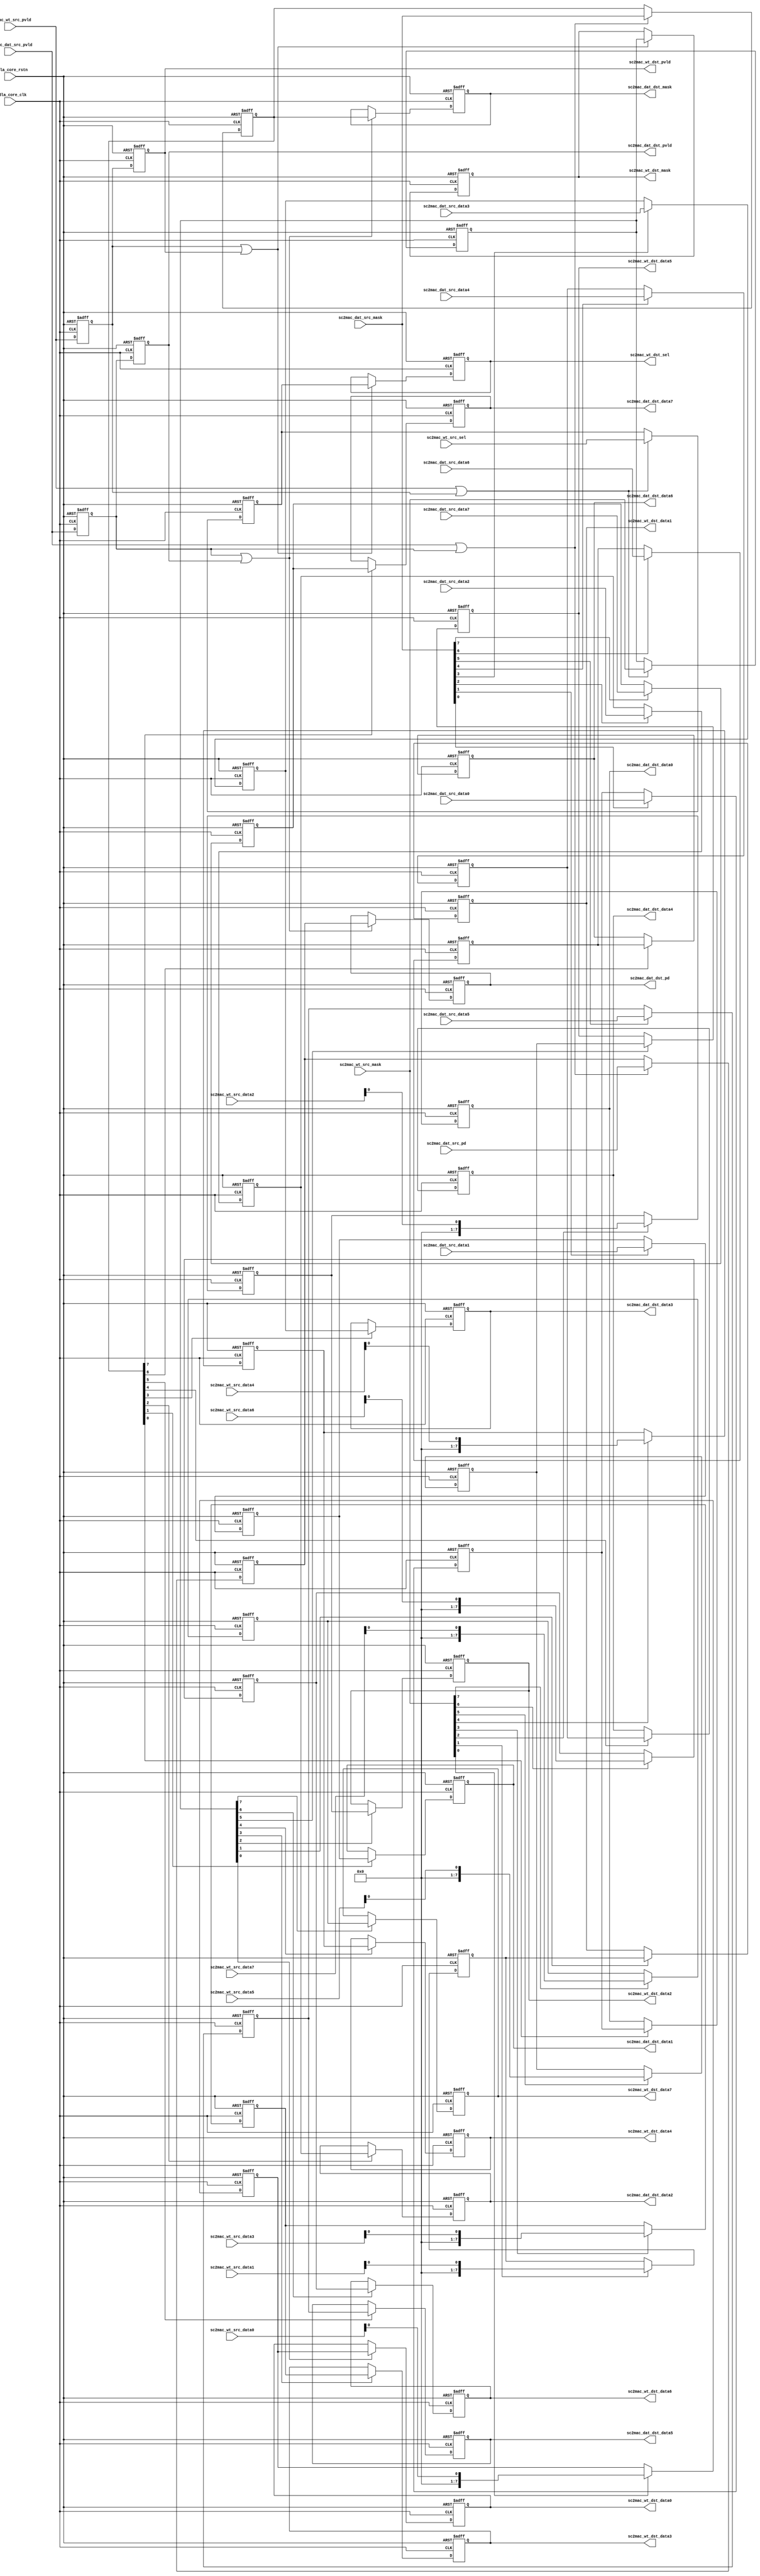
// ================================================================
// NVDLA Open Source Project
//
// Copyright(c) 2016 - 2017 NVIDIA Corporation. Licensed under the
// NVDLA Open Hardware License; Check "LICENSE" which comes with
// this distribution for more information.
// ================================================================
// ================================================================
// NVDLA Open Source Project
// 
// Copyright(c) 2016 - 2017 NVIDIA Corporation.  Licensed under the
// NVDLA Open Hardware License; Check "LICENSE" which comes with 
// this distribution for more information.
// ================================================================
    //entry bits
    //atomC
    //in bytes, entry/8
    //CSC_ENTRY_HEX/2
    //CSC_ENTRY_HEX/4
    //CSC_ENTRY_HEX-1
    //atomK
    //atomK
    //atomK*2
    //atomK*4
//notice, for image case, first atom OP within one strip OP must fetch from entry align place, in the middle of an entry is not supported.
//thus, when atomC/atomK=4, stripe=4*atomK, feature data still keeps atomK*2
    `define CC_ATOMC_DIV_ATOMK_EQUAL_1
//batch keep 1
module NV_NVDLA_RT_csc2cmac_a (
   nvdla_core_clk
  ,nvdla_core_rstn
  ,sc2mac_wt_src_pvld
  ,sc2mac_wt_src_mask
//: for(my $i=0; $i<8; $i++){
//: print ",sc2mac_wt_src_data${i} \n";
//: }
//| eperl: generated_beg (DO NOT EDIT BELOW)
,sc2mac_wt_src_data0 
,sc2mac_wt_src_data1 
,sc2mac_wt_src_data2 
,sc2mac_wt_src_data3 
,sc2mac_wt_src_data4 
,sc2mac_wt_src_data5 
,sc2mac_wt_src_data6 
,sc2mac_wt_src_data7 

//| eperl: generated_end (DO NOT EDIT ABOVE)
  ,sc2mac_wt_src_sel
  ,sc2mac_dat_src_pvld
  ,sc2mac_dat_src_mask
//: for(my $i=0; $i<8; $i++){
//: print ",sc2mac_dat_src_data${i} \n";
//: }
//| eperl: generated_beg (DO NOT EDIT BELOW)
,sc2mac_dat_src_data0 
,sc2mac_dat_src_data1 
,sc2mac_dat_src_data2 
,sc2mac_dat_src_data3 
,sc2mac_dat_src_data4 
,sc2mac_dat_src_data5 
,sc2mac_dat_src_data6 
,sc2mac_dat_src_data7 

//| eperl: generated_end (DO NOT EDIT ABOVE)
  ,sc2mac_dat_src_pd
  ,sc2mac_wt_dst_pvld
  ,sc2mac_wt_dst_mask
//: for(my $i=0; $i<8; $i++){
//: print ",sc2mac_wt_dst_data${i} \n";
//: }
//| eperl: generated_beg (DO NOT EDIT BELOW)
,sc2mac_wt_dst_data0 
,sc2mac_wt_dst_data1 
,sc2mac_wt_dst_data2 
,sc2mac_wt_dst_data3 
,sc2mac_wt_dst_data4 
,sc2mac_wt_dst_data5 
,sc2mac_wt_dst_data6 
,sc2mac_wt_dst_data7 

//| eperl: generated_end (DO NOT EDIT ABOVE)
  ,sc2mac_wt_dst_sel
  ,sc2mac_dat_dst_pvld
  ,sc2mac_dat_dst_mask
//: for(my $i=0; $i<8; $i++){
//: print ",sc2mac_dat_dst_data${i} \n";
//: }
//| eperl: generated_beg (DO NOT EDIT BELOW)
,sc2mac_dat_dst_data0 
,sc2mac_dat_dst_data1 
,sc2mac_dat_dst_data2 
,sc2mac_dat_dst_data3 
,sc2mac_dat_dst_data4 
,sc2mac_dat_dst_data5 
,sc2mac_dat_dst_data6 
,sc2mac_dat_dst_data7 

//| eperl: generated_end (DO NOT EDIT ABOVE)
  ,sc2mac_dat_dst_pd
  );
//
// NV_NVDLA_RT_csc2cmac_ports.v
//
input nvdla_core_clk;
input nvdla_core_rstn;
input sc2mac_wt_src_pvld; /* data valid */
input [8 -1:0] sc2mac_wt_src_mask;
//: my $bb=8;
//: for(my $i=0; $i<8; $i++){
//: print "input   [${bb}-1:0] sc2mac_wt_src_data${i};  \n";
//: }
//| eperl: generated_beg (DO NOT EDIT BELOW)
input   [8-1:0] sc2mac_wt_src_data0;  
input   [8-1:0] sc2mac_wt_src_data1;  
input   [8-1:0] sc2mac_wt_src_data2;  
input   [8-1:0] sc2mac_wt_src_data3;  
input   [8-1:0] sc2mac_wt_src_data4;  
input   [8-1:0] sc2mac_wt_src_data5;  
input   [8-1:0] sc2mac_wt_src_data6;  
input   [8-1:0] sc2mac_wt_src_data7;  

//| eperl: generated_end (DO NOT EDIT ABOVE)
input [8/2 -1:0] sc2mac_wt_src_sel;
input sc2mac_dat_src_pvld; /* data valid */
input [8 -1:0] sc2mac_dat_src_mask;
//: my $bb=8;
//: for(my $i=0; $i<8; $i++){
//: print "input   [${bb}-1:0] sc2mac_dat_src_data${i};  \n";
//: }
//| eperl: generated_beg (DO NOT EDIT BELOW)
input   [8-1:0] sc2mac_dat_src_data0;  
input   [8-1:0] sc2mac_dat_src_data1;  
input   [8-1:0] sc2mac_dat_src_data2;  
input   [8-1:0] sc2mac_dat_src_data3;  
input   [8-1:0] sc2mac_dat_src_data4;  
input   [8-1:0] sc2mac_dat_src_data5;  
input   [8-1:0] sc2mac_dat_src_data6;  
input   [8-1:0] sc2mac_dat_src_data7;  

//| eperl: generated_end (DO NOT EDIT ABOVE)
input [8:0] sc2mac_dat_src_pd;
output sc2mac_wt_dst_pvld; /* data valid */
output [8 -1:0] sc2mac_wt_dst_mask;
//: my $bb=8;
//: for(my $i=0; $i<8; $i++){
//: print "output   [${bb}-1:0] sc2mac_wt_dst_data${i};  \n";
//: }
//| eperl: generated_beg (DO NOT EDIT BELOW)
output   [8-1:0] sc2mac_wt_dst_data0;  
output   [8-1:0] sc2mac_wt_dst_data1;  
output   [8-1:0] sc2mac_wt_dst_data2;  
output   [8-1:0] sc2mac_wt_dst_data3;  
output   [8-1:0] sc2mac_wt_dst_data4;  
output   [8-1:0] sc2mac_wt_dst_data5;  
output   [8-1:0] sc2mac_wt_dst_data6;  
output   [8-1:0] sc2mac_wt_dst_data7;  

//| eperl: generated_end (DO NOT EDIT ABOVE)
output [8/2 -1:0] sc2mac_wt_dst_sel;
output sc2mac_dat_dst_pvld; /* data valid */
output [8 -1:0] sc2mac_dat_dst_mask;
//: my $bb=8;
//: for(my $i=0; $i<8; $i++){
//: print "output   [${bb}-1:0] sc2mac_dat_dst_data${i};  \n";
//: }
//| eperl: generated_beg (DO NOT EDIT BELOW)
output   [8-1:0] sc2mac_dat_dst_data0;  
output   [8-1:0] sc2mac_dat_dst_data1;  
output   [8-1:0] sc2mac_dat_dst_data2;  
output   [8-1:0] sc2mac_dat_dst_data3;  
output   [8-1:0] sc2mac_dat_dst_data4;  
output   [8-1:0] sc2mac_dat_dst_data5;  
output   [8-1:0] sc2mac_dat_dst_data6;  
output   [8-1:0] sc2mac_dat_dst_data7;  

//| eperl: generated_end (DO NOT EDIT ABOVE)
output [8:0] sc2mac_dat_dst_pd;
//: my $delay = 2;
//: my $i;
//: my $j;
//: my $k;
//: my $bb=8;
//: my $kk=8/2;
//: my $cc=8;
//: print "wire sc2mac_wt_pvld_d0 = sc2mac_wt_src_pvld;\n";
//: print "wire[${kk}-1:0] sc2mac_wt_sel_d0 = sc2mac_wt_src_sel;\n";
//: print "wire[${cc}-1:0] sc2mac_wt_mask_d0 = sc2mac_wt_src_mask;\n";
//: for($k = 0; $k <8; $k ++) {
//: print "wire sc2mac_wt_data${k}_d0 = sc2mac_wt_src_data${k};\n";
//: }
//:
//: print "wire sc2mac_dat_pvld_d0 = sc2mac_dat_src_pvld;\n";
//: print "wire[8:0] sc2mac_dat_pd_d0 = sc2mac_dat_src_pd;\n";
//: print "wire[${cc}-1:0] sc2mac_dat_mask_d0 = sc2mac_dat_src_mask;\n";
//: for($k = 0; $k <8; $k ++) {
//: print "wire[${bb}-1:0] sc2mac_dat_data${k}_d0 = sc2mac_dat_src_data${k};\n";
//: }
//:
//: for($i = 0; $i < $delay; $i ++) {
//: $j = $i + 1;
//: &eperl::flop("-q sc2mac_wt_pvld_d${j} -d sc2mac_wt_pvld_d${i}");
//: &eperl::flop("-wid ${kk} -q sc2mac_wt_sel_d${j}  -en \"(sc2mac_wt_pvld_d${i} | sc2mac_wt_pvld_d${j})\" -d sc2mac_wt_sel_d${i}");
//: &eperl::flop("-wid ${cc} -q sc2mac_wt_mask_d${j} -en \"(sc2mac_wt_pvld_d${i} | sc2mac_wt_pvld_d${j})\" -d sc2mac_wt_mask_d${i}");
//: for($k = 0; $k <8; $k ++) {
//: &eperl::flop("-wid ${bb} -q sc2mac_wt_data${k}_d${j} -en sc2mac_wt_mask_d${i}[${k}] -d sc2mac_wt_data${k}_d${i}");
//: }
//:
//: &eperl::flop("-q sc2mac_dat_pvld_d${j} -d sc2mac_dat_pvld_d${i}");
//: &eperl::flop("-wid 9 -q sc2mac_dat_pd_d${j} -en \"(sc2mac_dat_pvld_d${i} | sc2mac_dat_pvld_d${j})\" -d sc2mac_dat_pd_d${i}");
//: &eperl::flop("-wid ${cc} -q sc2mac_dat_mask_d${j} -en \"(sc2mac_dat_pvld_d${i} | sc2mac_dat_pvld_d${j})\" -d sc2mac_dat_mask_d${i}");
//: for($k = 0; $k <8; $k ++) {
//: &eperl::flop("-wid ${bb} -q sc2mac_dat_data${k}_d${j} -en \"(sc2mac_dat_mask_d${i}[${k}])\" -d sc2mac_dat_data${k}_d${i}");
//: }
//: }
//:
//: $i = $delay;
//: print "wire sc2mac_wt_dst_pvld = sc2mac_wt_pvld_d${i};\n";
//: print "wire[${kk}-1:0] sc2mac_wt_dst_sel = sc2mac_wt_sel_d${i};\n";
//: print "wire[${cc}-1:0] sc2mac_wt_dst_mask = sc2mac_wt_mask_d${i};\n";
//: for($k = 0; $k <8; $k ++) {
//: print "wire[${bb}-1:0] sc2mac_wt_dst_data${k} = sc2mac_wt_data${k}_d${i};\n";
//: }
//:
//: print "wire sc2mac_dat_dst_pvld = sc2mac_dat_pvld_d${i};\n";
//: print "wire[8:0] sc2mac_dat_dst_pd = sc2mac_dat_pd_d${i};\n";
//: print "wire[${cc}-1:0] sc2mac_dat_dst_mask = sc2mac_dat_mask_d${i};\n";
//: for($k = 0; $k <8; $k ++) {
//: print "wire[${bb}-1:0] sc2mac_dat_dst_data${k} = sc2mac_dat_data${k}_d${i};\n";
//: }
//| eperl: generated_beg (DO NOT EDIT BELOW)
wire sc2mac_wt_pvld_d0 = sc2mac_wt_src_pvld;
wire[4-1:0] sc2mac_wt_sel_d0 = sc2mac_wt_src_sel;
wire[8-1:0] sc2mac_wt_mask_d0 = sc2mac_wt_src_mask;
wire sc2mac_wt_data0_d0 = sc2mac_wt_src_data0;
wire sc2mac_wt_data1_d0 = sc2mac_wt_src_data1;
wire sc2mac_wt_data2_d0 = sc2mac_wt_src_data2;
wire sc2mac_wt_data3_d0 = sc2mac_wt_src_data3;
wire sc2mac_wt_data4_d0 = sc2mac_wt_src_data4;
wire sc2mac_wt_data5_d0 = sc2mac_wt_src_data5;
wire sc2mac_wt_data6_d0 = sc2mac_wt_src_data6;
wire sc2mac_wt_data7_d0 = sc2mac_wt_src_data7;
wire sc2mac_dat_pvld_d0 = sc2mac_dat_src_pvld;
wire[8:0] sc2mac_dat_pd_d0 = sc2mac_dat_src_pd;
wire[8-1:0] sc2mac_dat_mask_d0 = sc2mac_dat_src_mask;
wire[8-1:0] sc2mac_dat_data0_d0 = sc2mac_dat_src_data0;
wire[8-1:0] sc2mac_dat_data1_d0 = sc2mac_dat_src_data1;
wire[8-1:0] sc2mac_dat_data2_d0 = sc2mac_dat_src_data2;
wire[8-1:0] sc2mac_dat_data3_d0 = sc2mac_dat_src_data3;
wire[8-1:0] sc2mac_dat_data4_d0 = sc2mac_dat_src_data4;
wire[8-1:0] sc2mac_dat_data5_d0 = sc2mac_dat_src_data5;
wire[8-1:0] sc2mac_dat_data6_d0 = sc2mac_dat_src_data6;
wire[8-1:0] sc2mac_dat_data7_d0 = sc2mac_dat_src_data7;
reg  sc2mac_wt_pvld_d1;
always @(posedge nvdla_core_clk or negedge nvdla_core_rstn) begin
   if (!nvdla_core_rstn) begin
       sc2mac_wt_pvld_d1 <= 'b0;
   end else begin
       sc2mac_wt_pvld_d1 <= sc2mac_wt_pvld_d0;
   end
end
reg [3:0] sc2mac_wt_sel_d1;
always @(posedge nvdla_core_clk or negedge nvdla_core_rstn) begin
   if (!nvdla_core_rstn) begin
       sc2mac_wt_sel_d1 <= 'b0;
   end else begin
       if (((sc2mac_wt_pvld_d0 | sc2mac_wt_pvld_d1)) == 1'b1) begin
           sc2mac_wt_sel_d1 <= sc2mac_wt_sel_d0;
       // VCS coverage off
       end else if (((sc2mac_wt_pvld_d0 | sc2mac_wt_pvld_d1)) == 1'b0) begin
       end else begin
           sc2mac_wt_sel_d1 <= 'bx;
       // VCS coverage on
       end
   end
end
reg [7:0] sc2mac_wt_mask_d1;
always @(posedge nvdla_core_clk or negedge nvdla_core_rstn) begin
   if (!nvdla_core_rstn) begin
       sc2mac_wt_mask_d1 <= 'b0;
   end else begin
       if (((sc2mac_wt_pvld_d0 | sc2mac_wt_pvld_d1)) == 1'b1) begin
           sc2mac_wt_mask_d1 <= sc2mac_wt_mask_d0;
       // VCS coverage off
       end else if (((sc2mac_wt_pvld_d0 | sc2mac_wt_pvld_d1)) == 1'b0) begin
       end else begin
           sc2mac_wt_mask_d1 <= 'bx;
       // VCS coverage on
       end
   end
end
reg [7:0] sc2mac_wt_data0_d1;
always @(posedge nvdla_core_clk or negedge nvdla_core_rstn) begin
   if (!nvdla_core_rstn) begin
       sc2mac_wt_data0_d1 <= 'b0;
   end else begin
       if ((sc2mac_wt_mask_d0[0]) == 1'b1) begin
           sc2mac_wt_data0_d1 <= sc2mac_wt_data0_d0;
       // VCS coverage off
       end else if ((sc2mac_wt_mask_d0[0]) == 1'b0) begin
       end else begin
           sc2mac_wt_data0_d1 <= 'bx;
       // VCS coverage on
       end
   end
end
reg [7:0] sc2mac_wt_data1_d1;
always @(posedge nvdla_core_clk or negedge nvdla_core_rstn) begin
   if (!nvdla_core_rstn) begin
       sc2mac_wt_data1_d1 <= 'b0;
   end else begin
       if ((sc2mac_wt_mask_d0[1]) == 1'b1) begin
           sc2mac_wt_data1_d1 <= sc2mac_wt_data1_d0;
       // VCS coverage off
       end else if ((sc2mac_wt_mask_d0[1]) == 1'b0) begin
       end else begin
           sc2mac_wt_data1_d1 <= 'bx;
       // VCS coverage on
       end
   end
end
reg [7:0] sc2mac_wt_data2_d1;
always @(posedge nvdla_core_clk or negedge nvdla_core_rstn) begin
   if (!nvdla_core_rstn) begin
       sc2mac_wt_data2_d1 <= 'b0;
   end else begin
       if ((sc2mac_wt_mask_d0[2]) == 1'b1) begin
           sc2mac_wt_data2_d1 <= sc2mac_wt_data2_d0;
       // VCS coverage off
       end else if ((sc2mac_wt_mask_d0[2]) == 1'b0) begin
       end else begin
           sc2mac_wt_data2_d1 <= 'bx;
       // VCS coverage on
       end
   end
end
reg [7:0] sc2mac_wt_data3_d1;
always @(posedge nvdla_core_clk or negedge nvdla_core_rstn) begin
   if (!nvdla_core_rstn) begin
       sc2mac_wt_data3_d1 <= 'b0;
   end else begin
       if ((sc2mac_wt_mask_d0[3]) == 1'b1) begin
           sc2mac_wt_data3_d1 <= sc2mac_wt_data3_d0;
       // VCS coverage off
       end else if ((sc2mac_wt_mask_d0[3]) == 1'b0) begin
       end else begin
           sc2mac_wt_data3_d1 <= 'bx;
       // VCS coverage on
       end
   end
end
reg [7:0] sc2mac_wt_data4_d1;
always @(posedge nvdla_core_clk or negedge nvdla_core_rstn) begin
   if (!nvdla_core_rstn) begin
       sc2mac_wt_data4_d1 <= 'b0;
   end else begin
       if ((sc2mac_wt_mask_d0[4]) == 1'b1) begin
           sc2mac_wt_data4_d1 <= sc2mac_wt_data4_d0;
       // VCS coverage off
       end else if ((sc2mac_wt_mask_d0[4]) == 1'b0) begin
       end else begin
           sc2mac_wt_data4_d1 <= 'bx;
       // VCS coverage on
       end
   end
end
reg [7:0] sc2mac_wt_data5_d1;
always @(posedge nvdla_core_clk or negedge nvdla_core_rstn) begin
   if (!nvdla_core_rstn) begin
       sc2mac_wt_data5_d1 <= 'b0;
   end else begin
       if ((sc2mac_wt_mask_d0[5]) == 1'b1) begin
           sc2mac_wt_data5_d1 <= sc2mac_wt_data5_d0;
       // VCS coverage off
       end else if ((sc2mac_wt_mask_d0[5]) == 1'b0) begin
       end else begin
           sc2mac_wt_data5_d1 <= 'bx;
       // VCS coverage on
       end
   end
end
reg [7:0] sc2mac_wt_data6_d1;
always @(posedge nvdla_core_clk or negedge nvdla_core_rstn) begin
   if (!nvdla_core_rstn) begin
       sc2mac_wt_data6_d1 <= 'b0;
   end else begin
       if ((sc2mac_wt_mask_d0[6]) == 1'b1) begin
           sc2mac_wt_data6_d1 <= sc2mac_wt_data6_d0;
       // VCS coverage off
       end else if ((sc2mac_wt_mask_d0[6]) == 1'b0) begin
       end else begin
           sc2mac_wt_data6_d1 <= 'bx;
       // VCS coverage on
       end
   end
end
reg [7:0] sc2mac_wt_data7_d1;
always @(posedge nvdla_core_clk or negedge nvdla_core_rstn) begin
   if (!nvdla_core_rstn) begin
       sc2mac_wt_data7_d1 <= 'b0;
   end else begin
       if ((sc2mac_wt_mask_d0[7]) == 1'b1) begin
           sc2mac_wt_data7_d1 <= sc2mac_wt_data7_d0;
       // VCS coverage off
       end else if ((sc2mac_wt_mask_d0[7]) == 1'b0) begin
       end else begin
           sc2mac_wt_data7_d1 <= 'bx;
       // VCS coverage on
       end
   end
end
reg  sc2mac_dat_pvld_d1;
always @(posedge nvdla_core_clk or negedge nvdla_core_rstn) begin
   if (!nvdla_core_rstn) begin
       sc2mac_dat_pvld_d1 <= 'b0;
   end else begin
       sc2mac_dat_pvld_d1 <= sc2mac_dat_pvld_d0;
   end
end
reg [8:0] sc2mac_dat_pd_d1;
always @(posedge nvdla_core_clk or negedge nvdla_core_rstn) begin
   if (!nvdla_core_rstn) begin
       sc2mac_dat_pd_d1 <= 'b0;
   end else begin
       if (((sc2mac_dat_pvld_d0 | sc2mac_dat_pvld_d1)) == 1'b1) begin
           sc2mac_dat_pd_d1 <= sc2mac_dat_pd_d0;
       // VCS coverage off
       end else if (((sc2mac_dat_pvld_d0 | sc2mac_dat_pvld_d1)) == 1'b0) begin
       end else begin
           sc2mac_dat_pd_d1 <= 'bx;
       // VCS coverage on
       end
   end
end
reg [7:0] sc2mac_dat_mask_d1;
always @(posedge nvdla_core_clk or negedge nvdla_core_rstn) begin
   if (!nvdla_core_rstn) begin
       sc2mac_dat_mask_d1 <= 'b0;
   end else begin
       if (((sc2mac_dat_pvld_d0 | sc2mac_dat_pvld_d1)) == 1'b1) begin
           sc2mac_dat_mask_d1 <= sc2mac_dat_mask_d0;
       // VCS coverage off
       end else if (((sc2mac_dat_pvld_d0 | sc2mac_dat_pvld_d1)) == 1'b0) begin
       end else begin
           sc2mac_dat_mask_d1 <= 'bx;
       // VCS coverage on
       end
   end
end
reg [7:0] sc2mac_dat_data0_d1;
always @(posedge nvdla_core_clk or negedge nvdla_core_rstn) begin
   if (!nvdla_core_rstn) begin
       sc2mac_dat_data0_d1 <= 'b0;
   end else begin
       if (((sc2mac_dat_mask_d0[0])) == 1'b1) begin
           sc2mac_dat_data0_d1 <= sc2mac_dat_data0_d0;
       // VCS coverage off
       end else if (((sc2mac_dat_mask_d0[0])) == 1'b0) begin
       end else begin
           sc2mac_dat_data0_d1 <= 'bx;
       // VCS coverage on
       end
   end
end
reg [7:0] sc2mac_dat_data1_d1;
always @(posedge nvdla_core_clk or negedge nvdla_core_rstn) begin
   if (!nvdla_core_rstn) begin
       sc2mac_dat_data1_d1 <= 'b0;
   end else begin
       if (((sc2mac_dat_mask_d0[1])) == 1'b1) begin
           sc2mac_dat_data1_d1 <= sc2mac_dat_data1_d0;
       // VCS coverage off
       end else if (((sc2mac_dat_mask_d0[1])) == 1'b0) begin
       end else begin
           sc2mac_dat_data1_d1 <= 'bx;
       // VCS coverage on
       end
   end
end
reg [7:0] sc2mac_dat_data2_d1;
always @(posedge nvdla_core_clk or negedge nvdla_core_rstn) begin
   if (!nvdla_core_rstn) begin
       sc2mac_dat_data2_d1 <= 'b0;
   end else begin
       if (((sc2mac_dat_mask_d0[2])) == 1'b1) begin
           sc2mac_dat_data2_d1 <= sc2mac_dat_data2_d0;
       // VCS coverage off
       end else if (((sc2mac_dat_mask_d0[2])) == 1'b0) begin
       end else begin
           sc2mac_dat_data2_d1 <= 'bx;
       // VCS coverage on
       end
   end
end
reg [7:0] sc2mac_dat_data3_d1;
always @(posedge nvdla_core_clk or negedge nvdla_core_rstn) begin
   if (!nvdla_core_rstn) begin
       sc2mac_dat_data3_d1 <= 'b0;
   end else begin
       if (((sc2mac_dat_mask_d0[3])) == 1'b1) begin
           sc2mac_dat_data3_d1 <= sc2mac_dat_data3_d0;
       // VCS coverage off
       end else if (((sc2mac_dat_mask_d0[3])) == 1'b0) begin
       end else begin
           sc2mac_dat_data3_d1 <= 'bx;
       // VCS coverage on
       end
   end
end
reg [7:0] sc2mac_dat_data4_d1;
always @(posedge nvdla_core_clk or negedge nvdla_core_rstn) begin
   if (!nvdla_core_rstn) begin
       sc2mac_dat_data4_d1 <= 'b0;
   end else begin
       if (((sc2mac_dat_mask_d0[4])) == 1'b1) begin
           sc2mac_dat_data4_d1 <= sc2mac_dat_data4_d0;
       // VCS coverage off
       end else if (((sc2mac_dat_mask_d0[4])) == 1'b0) begin
       end else begin
           sc2mac_dat_data4_d1 <= 'bx;
       // VCS coverage on
       end
   end
end
reg [7:0] sc2mac_dat_data5_d1;
always @(posedge nvdla_core_clk or negedge nvdla_core_rstn) begin
   if (!nvdla_core_rstn) begin
       sc2mac_dat_data5_d1 <= 'b0;
   end else begin
       if (((sc2mac_dat_mask_d0[5])) == 1'b1) begin
           sc2mac_dat_data5_d1 <= sc2mac_dat_data5_d0;
       // VCS coverage off
       end else if (((sc2mac_dat_mask_d0[5])) == 1'b0) begin
       end else begin
           sc2mac_dat_data5_d1 <= 'bx;
       // VCS coverage on
       end
   end
end
reg [7:0] sc2mac_dat_data6_d1;
always @(posedge nvdla_core_clk or negedge nvdla_core_rstn) begin
   if (!nvdla_core_rstn) begin
       sc2mac_dat_data6_d1 <= 'b0;
   end else begin
       if (((sc2mac_dat_mask_d0[6])) == 1'b1) begin
           sc2mac_dat_data6_d1 <= sc2mac_dat_data6_d0;
       // VCS coverage off
       end else if (((sc2mac_dat_mask_d0[6])) == 1'b0) begin
       end else begin
           sc2mac_dat_data6_d1 <= 'bx;
       // VCS coverage on
       end
   end
end
reg [7:0] sc2mac_dat_data7_d1;
always @(posedge nvdla_core_clk or negedge nvdla_core_rstn) begin
   if (!nvdla_core_rstn) begin
       sc2mac_dat_data7_d1 <= 'b0;
   end else begin
       if (((sc2mac_dat_mask_d0[7])) == 1'b1) begin
           sc2mac_dat_data7_d1 <= sc2mac_dat_data7_d0;
       // VCS coverage off
       end else if (((sc2mac_dat_mask_d0[7])) == 1'b0) begin
       end else begin
           sc2mac_dat_data7_d1 <= 'bx;
       // VCS coverage on
       end
   end
end
reg  sc2mac_wt_pvld_d2;
always @(posedge nvdla_core_clk or negedge nvdla_core_rstn) begin
   if (!nvdla_core_rstn) begin
       sc2mac_wt_pvld_d2 <= 'b0;
   end else begin
       sc2mac_wt_pvld_d2 <= sc2mac_wt_pvld_d1;
   end
end
reg [3:0] sc2mac_wt_sel_d2;
always @(posedge nvdla_core_clk or negedge nvdla_core_rstn) begin
   if (!nvdla_core_rstn) begin
       sc2mac_wt_sel_d2 <= 'b0;
   end else begin
       if (((sc2mac_wt_pvld_d1 | sc2mac_wt_pvld_d2)) == 1'b1) begin
           sc2mac_wt_sel_d2 <= sc2mac_wt_sel_d1;
       // VCS coverage off
       end else if (((sc2mac_wt_pvld_d1 | sc2mac_wt_pvld_d2)) == 1'b0) begin
       end else begin
           sc2mac_wt_sel_d2 <= 'bx;
       // VCS coverage on
       end
   end
end
reg [7:0] sc2mac_wt_mask_d2;
always @(posedge nvdla_core_clk or negedge nvdla_core_rstn) begin
   if (!nvdla_core_rstn) begin
       sc2mac_wt_mask_d2 <= 'b0;
   end else begin
       if (((sc2mac_wt_pvld_d1 | sc2mac_wt_pvld_d2)) == 1'b1) begin
           sc2mac_wt_mask_d2 <= sc2mac_wt_mask_d1;
       // VCS coverage off
       end else if (((sc2mac_wt_pvld_d1 | sc2mac_wt_pvld_d2)) == 1'b0) begin
       end else begin
           sc2mac_wt_mask_d2 <= 'bx;
       // VCS coverage on
       end
   end
end
reg [7:0] sc2mac_wt_data0_d2;
always @(posedge nvdla_core_clk or negedge nvdla_core_rstn) begin
   if (!nvdla_core_rstn) begin
       sc2mac_wt_data0_d2 <= 'b0;
   end else begin
       if ((sc2mac_wt_mask_d1[0]) == 1'b1) begin
           sc2mac_wt_data0_d2 <= sc2mac_wt_data0_d1;
       // VCS coverage off
       end else if ((sc2mac_wt_mask_d1[0]) == 1'b0) begin
       end else begin
           sc2mac_wt_data0_d2 <= 'bx;
       // VCS coverage on
       end
   end
end
reg [7:0] sc2mac_wt_data1_d2;
always @(posedge nvdla_core_clk or negedge nvdla_core_rstn) begin
   if (!nvdla_core_rstn) begin
       sc2mac_wt_data1_d2 <= 'b0;
   end else begin
       if ((sc2mac_wt_mask_d1[1]) == 1'b1) begin
           sc2mac_wt_data1_d2 <= sc2mac_wt_data1_d1;
       // VCS coverage off
       end else if ((sc2mac_wt_mask_d1[1]) == 1'b0) begin
       end else begin
           sc2mac_wt_data1_d2 <= 'bx;
       // VCS coverage on
       end
   end
end
reg [7:0] sc2mac_wt_data2_d2;
always @(posedge nvdla_core_clk or negedge nvdla_core_rstn) begin
   if (!nvdla_core_rstn) begin
       sc2mac_wt_data2_d2 <= 'b0;
   end else begin
       if ((sc2mac_wt_mask_d1[2]) == 1'b1) begin
           sc2mac_wt_data2_d2 <= sc2mac_wt_data2_d1;
       // VCS coverage off
       end else if ((sc2mac_wt_mask_d1[2]) == 1'b0) begin
       end else begin
           sc2mac_wt_data2_d2 <= 'bx;
       // VCS coverage on
       end
   end
end
reg [7:0] sc2mac_wt_data3_d2;
always @(posedge nvdla_core_clk or negedge nvdla_core_rstn) begin
   if (!nvdla_core_rstn) begin
       sc2mac_wt_data3_d2 <= 'b0;
   end else begin
       if ((sc2mac_wt_mask_d1[3]) == 1'b1) begin
           sc2mac_wt_data3_d2 <= sc2mac_wt_data3_d1;
       // VCS coverage off
       end else if ((sc2mac_wt_mask_d1[3]) == 1'b0) begin
       end else begin
           sc2mac_wt_data3_d2 <= 'bx;
       // VCS coverage on
       end
   end
end
reg [7:0] sc2mac_wt_data4_d2;
always @(posedge nvdla_core_clk or negedge nvdla_core_rstn) begin
   if (!nvdla_core_rstn) begin
       sc2mac_wt_data4_d2 <= 'b0;
   end else begin
       if ((sc2mac_wt_mask_d1[4]) == 1'b1) begin
           sc2mac_wt_data4_d2 <= sc2mac_wt_data4_d1;
       // VCS coverage off
       end else if ((sc2mac_wt_mask_d1[4]) == 1'b0) begin
       end else begin
           sc2mac_wt_data4_d2 <= 'bx;
       // VCS coverage on
       end
   end
end
reg [7:0] sc2mac_wt_data5_d2;
always @(posedge nvdla_core_clk or negedge nvdla_core_rstn) begin
   if (!nvdla_core_rstn) begin
       sc2mac_wt_data5_d2 <= 'b0;
   end else begin
       if ((sc2mac_wt_mask_d1[5]) == 1'b1) begin
           sc2mac_wt_data5_d2 <= sc2mac_wt_data5_d1;
       // VCS coverage off
       end else if ((sc2mac_wt_mask_d1[5]) == 1'b0) begin
       end else begin
           sc2mac_wt_data5_d2 <= 'bx;
       // VCS coverage on
       end
   end
end
reg [7:0] sc2mac_wt_data6_d2;
always @(posedge nvdla_core_clk or negedge nvdla_core_rstn) begin
   if (!nvdla_core_rstn) begin
       sc2mac_wt_data6_d2 <= 'b0;
   end else begin
       if ((sc2mac_wt_mask_d1[6]) == 1'b1) begin
           sc2mac_wt_data6_d2 <= sc2mac_wt_data6_d1;
       // VCS coverage off
       end else if ((sc2mac_wt_mask_d1[6]) == 1'b0) begin
       end else begin
           sc2mac_wt_data6_d2 <= 'bx;
       // VCS coverage on
       end
   end
end
reg [7:0] sc2mac_wt_data7_d2;
always @(posedge nvdla_core_clk or negedge nvdla_core_rstn) begin
   if (!nvdla_core_rstn) begin
       sc2mac_wt_data7_d2 <= 'b0;
   end else begin
       if ((sc2mac_wt_mask_d1[7]) == 1'b1) begin
           sc2mac_wt_data7_d2 <= sc2mac_wt_data7_d1;
       // VCS coverage off
       end else if ((sc2mac_wt_mask_d1[7]) == 1'b0) begin
       end else begin
           sc2mac_wt_data7_d2 <= 'bx;
       // VCS coverage on
       end
   end
end
reg  sc2mac_dat_pvld_d2;
always @(posedge nvdla_core_clk or negedge nvdla_core_rstn) begin
   if (!nvdla_core_rstn) begin
       sc2mac_dat_pvld_d2 <= 'b0;
   end else begin
       sc2mac_dat_pvld_d2 <= sc2mac_dat_pvld_d1;
   end
end
reg [8:0] sc2mac_dat_pd_d2;
always @(posedge nvdla_core_clk or negedge nvdla_core_rstn) begin
   if (!nvdla_core_rstn) begin
       sc2mac_dat_pd_d2 <= 'b0;
   end else begin
       if (((sc2mac_dat_pvld_d1 | sc2mac_dat_pvld_d2)) == 1'b1) begin
           sc2mac_dat_pd_d2 <= sc2mac_dat_pd_d1;
       // VCS coverage off
       end else if (((sc2mac_dat_pvld_d1 | sc2mac_dat_pvld_d2)) == 1'b0) begin
       end else begin
           sc2mac_dat_pd_d2 <= 'bx;
       // VCS coverage on
       end
   end
end
reg [7:0] sc2mac_dat_mask_d2;
always @(posedge nvdla_core_clk or negedge nvdla_core_rstn) begin
   if (!nvdla_core_rstn) begin
       sc2mac_dat_mask_d2 <= 'b0;
   end else begin
       if (((sc2mac_dat_pvld_d1 | sc2mac_dat_pvld_d2)) == 1'b1) begin
           sc2mac_dat_mask_d2 <= sc2mac_dat_mask_d1;
       // VCS coverage off
       end else if (((sc2mac_dat_pvld_d1 | sc2mac_dat_pvld_d2)) == 1'b0) begin
       end else begin
           sc2mac_dat_mask_d2 <= 'bx;
       // VCS coverage on
       end
   end
end
reg [7:0] sc2mac_dat_data0_d2;
always @(posedge nvdla_core_clk or negedge nvdla_core_rstn) begin
   if (!nvdla_core_rstn) begin
       sc2mac_dat_data0_d2 <= 'b0;
   end else begin
       if (((sc2mac_dat_mask_d1[0])) == 1'b1) begin
           sc2mac_dat_data0_d2 <= sc2mac_dat_data0_d1;
       // VCS coverage off
       end else if (((sc2mac_dat_mask_d1[0])) == 1'b0) begin
       end else begin
           sc2mac_dat_data0_d2 <= 'bx;
       // VCS coverage on
       end
   end
end
reg [7:0] sc2mac_dat_data1_d2;
always @(posedge nvdla_core_clk or negedge nvdla_core_rstn) begin
   if (!nvdla_core_rstn) begin
       sc2mac_dat_data1_d2 <= 'b0;
   end else begin
       if (((sc2mac_dat_mask_d1[1])) == 1'b1) begin
           sc2mac_dat_data1_d2 <= sc2mac_dat_data1_d1;
       // VCS coverage off
       end else if (((sc2mac_dat_mask_d1[1])) == 1'b0) begin
       end else begin
           sc2mac_dat_data1_d2 <= 'bx;
       // VCS coverage on
       end
   end
end
reg [7:0] sc2mac_dat_data2_d2;
always @(posedge nvdla_core_clk or negedge nvdla_core_rstn) begin
   if (!nvdla_core_rstn) begin
       sc2mac_dat_data2_d2 <= 'b0;
   end else begin
       if (((sc2mac_dat_mask_d1[2])) == 1'b1) begin
           sc2mac_dat_data2_d2 <= sc2mac_dat_data2_d1;
       // VCS coverage off
       end else if (((sc2mac_dat_mask_d1[2])) == 1'b0) begin
       end else begin
           sc2mac_dat_data2_d2 <= 'bx;
       // VCS coverage on
       end
   end
end
reg [7:0] sc2mac_dat_data3_d2;
always @(posedge nvdla_core_clk or negedge nvdla_core_rstn) begin
   if (!nvdla_core_rstn) begin
       sc2mac_dat_data3_d2 <= 'b0;
   end else begin
       if (((sc2mac_dat_mask_d1[3])) == 1'b1) begin
           sc2mac_dat_data3_d2 <= sc2mac_dat_data3_d1;
       // VCS coverage off
       end else if (((sc2mac_dat_mask_d1[3])) == 1'b0) begin
       end else begin
           sc2mac_dat_data3_d2 <= 'bx;
       // VCS coverage on
       end
   end
end
reg [7:0] sc2mac_dat_data4_d2;
always @(posedge nvdla_core_clk or negedge nvdla_core_rstn) begin
   if (!nvdla_core_rstn) begin
       sc2mac_dat_data4_d2 <= 'b0;
   end else begin
       if (((sc2mac_dat_mask_d1[4])) == 1'b1) begin
           sc2mac_dat_data4_d2 <= sc2mac_dat_data4_d1;
       // VCS coverage off
       end else if (((sc2mac_dat_mask_d1[4])) == 1'b0) begin
       end else begin
           sc2mac_dat_data4_d2 <= 'bx;
       // VCS coverage on
       end
   end
end
reg [7:0] sc2mac_dat_data5_d2;
always @(posedge nvdla_core_clk or negedge nvdla_core_rstn) begin
   if (!nvdla_core_rstn) begin
       sc2mac_dat_data5_d2 <= 'b0;
   end else begin
       if (((sc2mac_dat_mask_d1[5])) == 1'b1) begin
           sc2mac_dat_data5_d2 <= sc2mac_dat_data5_d1;
       // VCS coverage off
       end else if (((sc2mac_dat_mask_d1[5])) == 1'b0) begin
       end else begin
           sc2mac_dat_data5_d2 <= 'bx;
       // VCS coverage on
       end
   end
end
reg [7:0] sc2mac_dat_data6_d2;
always @(posedge nvdla_core_clk or negedge nvdla_core_rstn) begin
   if (!nvdla_core_rstn) begin
       sc2mac_dat_data6_d2 <= 'b0;
   end else begin
       if (((sc2mac_dat_mask_d1[6])) == 1'b1) begin
           sc2mac_dat_data6_d2 <= sc2mac_dat_data6_d1;
       // VCS coverage off
       end else if (((sc2mac_dat_mask_d1[6])) == 1'b0) begin
       end else begin
           sc2mac_dat_data6_d2 <= 'bx;
       // VCS coverage on
       end
   end
end
reg [7:0] sc2mac_dat_data7_d2;
always @(posedge nvdla_core_clk or negedge nvdla_core_rstn) begin
   if (!nvdla_core_rstn) begin
       sc2mac_dat_data7_d2 <= 'b0;
   end else begin
       if (((sc2mac_dat_mask_d1[7])) == 1'b1) begin
           sc2mac_dat_data7_d2 <= sc2mac_dat_data7_d1;
       // VCS coverage off
       end else if (((sc2mac_dat_mask_d1[7])) == 1'b0) begin
       end else begin
           sc2mac_dat_data7_d2 <= 'bx;
       // VCS coverage on
       end
   end
end
wire sc2mac_wt_dst_pvld = sc2mac_wt_pvld_d2;
wire[4-1:0] sc2mac_wt_dst_sel = sc2mac_wt_sel_d2;
wire[8-1:0] sc2mac_wt_dst_mask = sc2mac_wt_mask_d2;
wire[8-1:0] sc2mac_wt_dst_data0 = sc2mac_wt_data0_d2;
wire[8-1:0] sc2mac_wt_dst_data1 = sc2mac_wt_data1_d2;
wire[8-1:0] sc2mac_wt_dst_data2 = sc2mac_wt_data2_d2;
wire[8-1:0] sc2mac_wt_dst_data3 = sc2mac_wt_data3_d2;
wire[8-1:0] sc2mac_wt_dst_data4 = sc2mac_wt_data4_d2;
wire[8-1:0] sc2mac_wt_dst_data5 = sc2mac_wt_data5_d2;
wire[8-1:0] sc2mac_wt_dst_data6 = sc2mac_wt_data6_d2;
wire[8-1:0] sc2mac_wt_dst_data7 = sc2mac_wt_data7_d2;
wire sc2mac_dat_dst_pvld = sc2mac_dat_pvld_d2;
wire[8:0] sc2mac_dat_dst_pd = sc2mac_dat_pd_d2;
wire[8-1:0] sc2mac_dat_dst_mask = sc2mac_dat_mask_d2;
wire[8-1:0] sc2mac_dat_dst_data0 = sc2mac_dat_data0_d2;
wire[8-1:0] sc2mac_dat_dst_data1 = sc2mac_dat_data1_d2;
wire[8-1:0] sc2mac_dat_dst_data2 = sc2mac_dat_data2_d2;
wire[8-1:0] sc2mac_dat_dst_data3 = sc2mac_dat_data3_d2;
wire[8-1:0] sc2mac_dat_dst_data4 = sc2mac_dat_data4_d2;
wire[8-1:0] sc2mac_dat_dst_data5 = sc2mac_dat_data5_d2;
wire[8-1:0] sc2mac_dat_dst_data6 = sc2mac_dat_data6_d2;
wire[8-1:0] sc2mac_dat_dst_data7 = sc2mac_dat_data7_d2;

//| eperl: generated_end (DO NOT EDIT ABOVE)
endmodule // NV_NVDLA_RT_csc2cmac_a